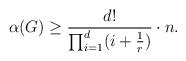
LaTeX: \begin{align*} \alpha(G)\ge \frac{d!}{\prod_{i=1}^d(i+\frac{1}{r})}\cdot n.\end{align*}